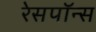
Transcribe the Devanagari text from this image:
रेसपॉन्स